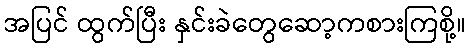
အပြင် ထွက်ပြီး နှင်းခဲတွေဆော့ကစားကြစို့။